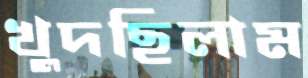
খুদছিলাম